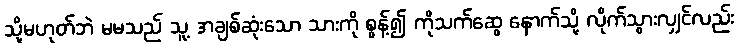
သို့မဟုတ်ဘဲ မမသည် သူ့ အချစ်ဆုံးသော သားကို စွန့်၍ ကိုသက်ဆွေ နောက်သို့ လိုက်သွားလျှင်လည်း